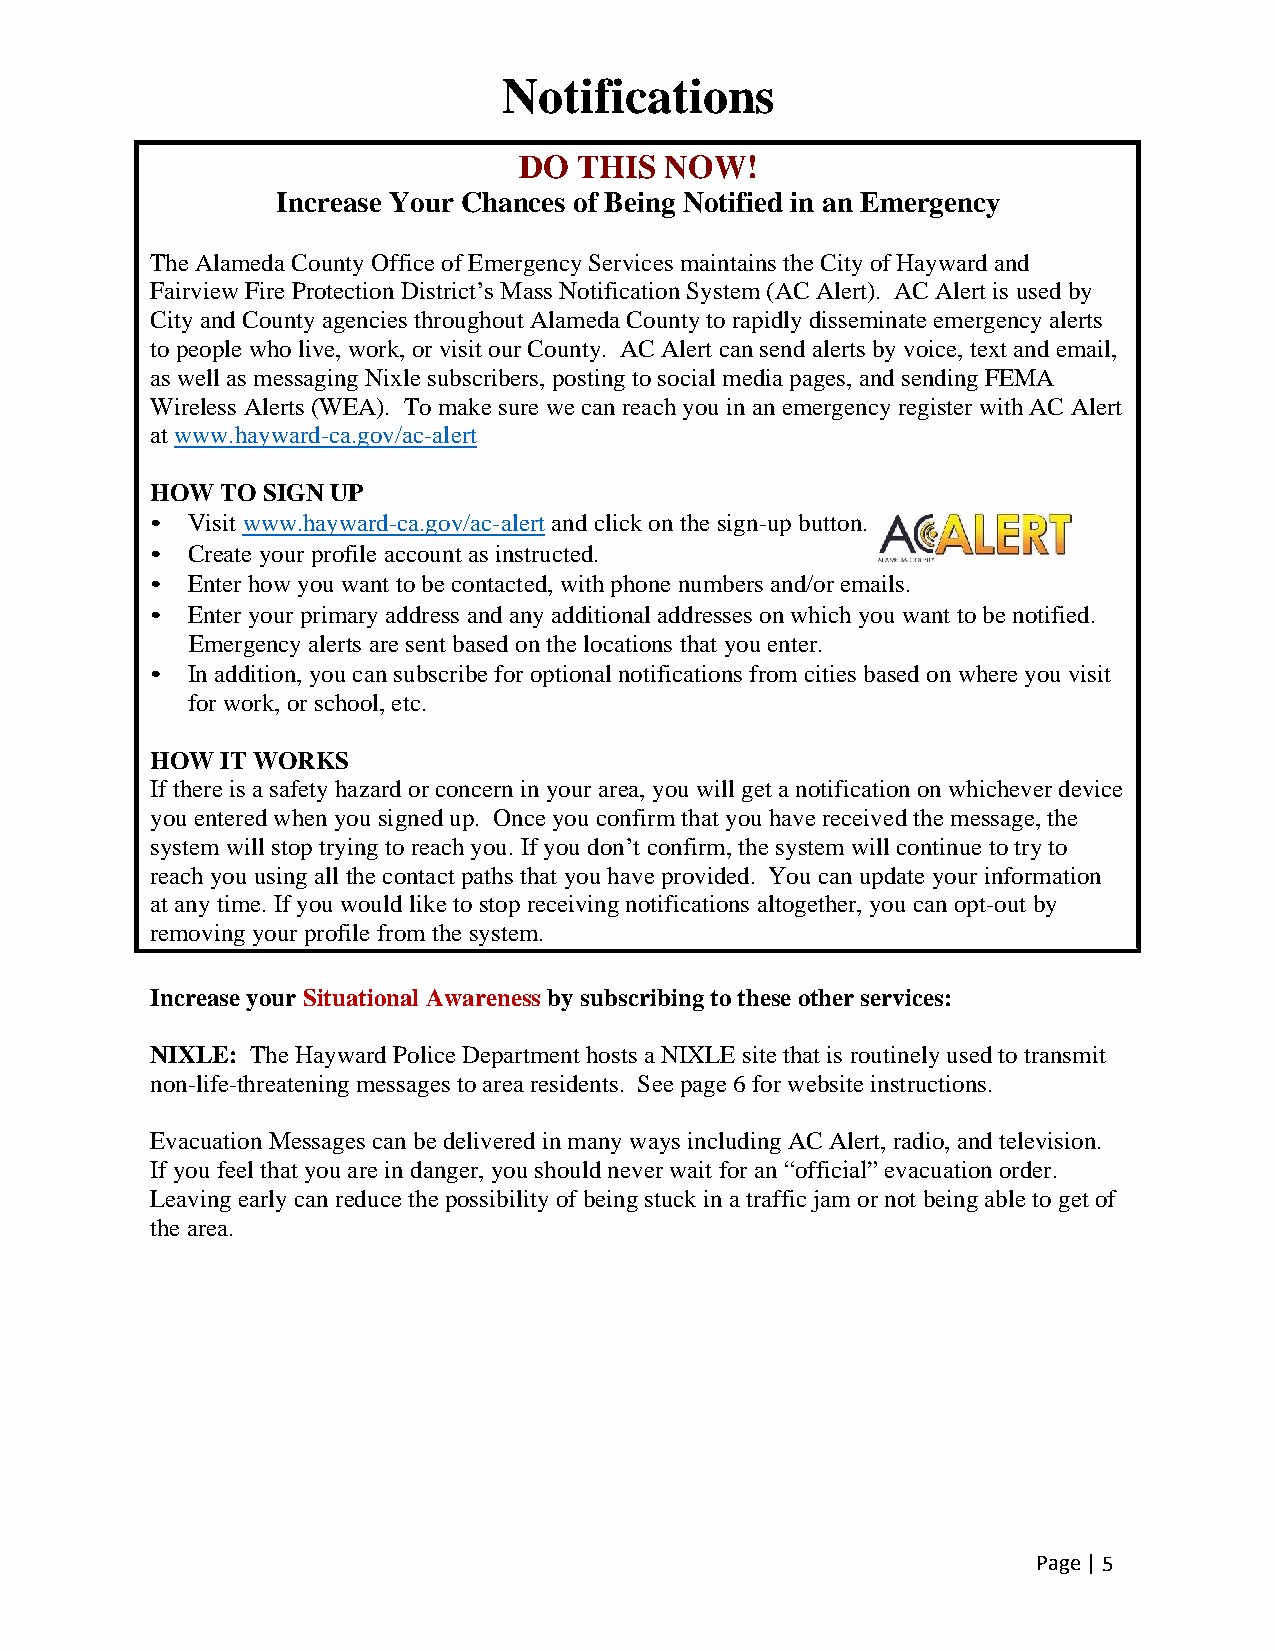
Notifications
 DO  THIS  NOW!
 Increase Your Chances of Being Notified in an Emergency
 The Alameda County Office of Emergency Services maintains the City of Hayward and
 Fairview Fire Protection District’s Mass Notification System (AC Alert). AC Alert is used by
 City and County agencies throughout Alameda County to rapidly disseminate emergency alerts
 to people who live, work, or visit our County. AC Alert can send alerts by voice, text and email,
 as well as messaging Nixle subscribers, posting to social media pages, and sending FEMA
 Wireless Alerts (WEA). To make sure we can reach you in an emergency register with AC Alert
 at www.hayward-ca.gov/ac-alert
 HOW  TO SIGN UP
 • Visit www.hayward-ca.gov/ac-alert and click on the sign-up button.
 • Create your profile account as instructed.
 • Enter how you want to be contacted, with phone numbers and/or emails.
 • Enter your primary address and any additional addresses on which you want to be notified.
 Emergency alerts are sent based on the locations that you enter.
 • In addition, you can subscribe for optional notifications from cities based on where you visit
 for work, or school, etc.
 HOW  IT WORKS
 If there is a safety hazard or concern in your area, you will get a notification on whichever device
 you entered when you signed up. Once you confirm that you have received the message, the
 system will stop trying to reach you. If you don’t confirm, the system will continue to try to
 reach you using all the contact paths that you have provided. You can update your information
 at any time. If you would like to stop receiving notifications altogether, you can opt-out by
 removing your profile from the system.
 Increase your Situational Awareness by subscribing to these other services:
 NIXLE: The Hayward Police Department hosts a NIXLE site that is routinely used to transmit
 non-life-threatening messages to area residents. See page 6 for website instructions.
 Evacuation Messages can be delivered in many ways including AC Alert, radio, and television.
 If you feel that you are in danger, you should never wait for an “official” evacuation order.
 Leaving early can reduce the possibility of being stuck in a traffic jam or not being able to get of
 the area.
 Page | 5